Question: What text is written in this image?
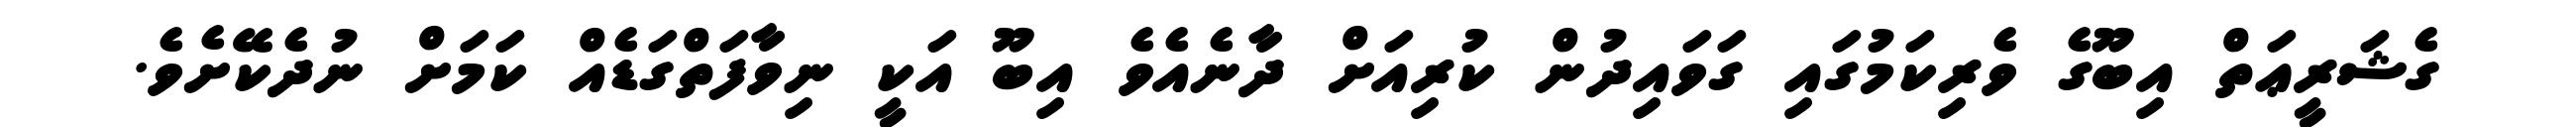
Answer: ގެޝަރީޢަތް އިބޫގެ ވެރިކަމުގައި ގަވައިދުން ކުރިއަށް ދާނެއެވެ އިބޫ އަކީ ނިވާފަތްގަޑެއް ކަމަށް ނުދެކޭށެވެ.